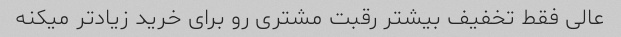
عالی فقط تخفیف بیشتر رقبت مشتری رو برای خرید زیاد‌تر میکنه